Annual report of the Civil Veterinary Department, Bengal, for the year 1897-98 - 1897-1898
Year: 1897
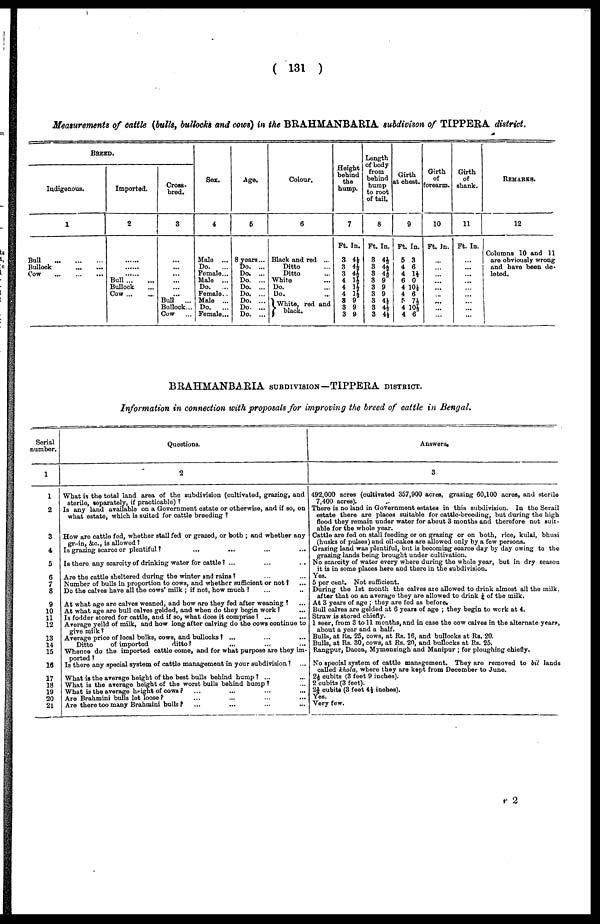
(131)
Measurements of cattle (build, bullocks and cows) in the BRAHMANBARIA subdivison of TIPPERA district.
BREED.
Indigenous.
1
Bull
...
...
...
Bullock ... ...
Cow
...
...
...
Imported.
2
......
......
......
Bull
...
...
Bullock ...
Cow ... ...
Cross-
bred.
3
...
...
... ...
...
...
Bull
...
Bullock...
Cow ...
Sex.
4
Male ...
Do.
...
Female...
Male ...
Do.
...
Female ...
Male ...
Do.
...
Female...
Age.
6
8 years...
Do. ...
Do. ...
Do. ...
Do. ...
Do. ...
Do. ...
Do. ...
Do. ...
Colour.
6
Black and red ...
Ditto
Ditto
White
Do.
Do. ...
White, red and
black
Height
behind
the
hump.
7
Ft. In.
3 4½
3 4½
3 4½
4 1½
4 1½
4 1½
3 9
3 9
3 9
Length
of body
from
behind
hump
to root
of tail.
8
Ft. In.
3 4½
3 4½
3 4½
3 9
3 9
3 9
3 4½
3 4½
3 4½
Girth
at chest.
9
Ft. In.
5 3
4 6
4 1½
6 0
4 10½
4 6
5 7½
4 10½
4 6
Girth
of
forearm.
10
Ft. In.
...
...
...
...
...
...
...
...
Girth
of
shank.
11
Ft. In.
...
...
...
...
...
...
...
...
REMARKS.
12
Columns 10 and 11
are obviously wrong
and have been de-
leted.
BRAHMANBARIA SUBDIVISON—TIPPERA DISTRICT.
Information in connection with proposals for improving the breed of cattle in Bengal.
Serial
number.
1
1
2
3
4
5
6
7
8
9
10
11
12
13
14
15
16
17
18
19
20
21
Questions.
2
What is the total land area of the subdivision (cultivated, grazing, and
sterile, separately, if practicable)?
Is any land available on a Government estate or otherwise, and if so, on
what estate, which is suited for cattle breeding?
How are cattle fed, whether stall fed or grazed, or both; and whether any
grain, &c., is allowed?
Is grazing scarce or plentiful? ... ... ... ...
Is there any scarcity of drinking water for cattle? ... ... ... ...
Are the cattle sheltered during the winter and rains? ... ...
Number of bulls in proportion to cows, and whether sufficient or not? ... ...
Do the calves have all the cows' milk; if not, how much?
... ...
At what age are calves weaned, and how are they fed after weaning? ...
At what age are bull calves gelded, and when do they begin work? ...
Is fodder stored for cattle, and if so, what does it comprise? ... ...
Average yeild of milk, and how long after calving do the cows continue to
give milk?
Average price of local bulks, cows, and bullocks? ... ... ...
Ditto
of imported
ditto?
Whence do the imported cattle come, and for what purpose are they im-
ported?
Is there any special system of cattle management in your subdivision? ...
What is the average height of the best bulls behind hump? ... ...
What is the average height of the worst bulls behind hump? ...
What is the average height of cows?
...
...
...
...
Are Brahmini bulls let loose? ... ...
Are there too many Brahmini bulls? ... ... ... ...
Answers.
3
492,000 acres (cultivated 357,900 acres, grazing 60,100 acres, and sterile
7,400 acres).
There is no land in Government estates in this subdivision. In the Serail
estate there are places suitable for cattle-breeding, but during the high
flood they remain under water for about 3 months and therefore not suit-
able for the whole year.
Cattle are fed on stall feeding or on grazing or on both, rice, kulai, bhusi
(husks of pulses) and oil-cakes are allowed only by a few persons.
Grazing land was plentiful, but is becoming scarce day by day owing to the
grazing lands being brought under cultivation.
No scarcity of water every where during the whole year, but in dry season
it is in some places here and there in the subdivision.
Yes.
5 per cent. Not sufficient.
During the 1st month the calves are allowed to drink almost all the milk.
after that on an average they are allowed to drink ½ of the milk.
At 3 years of age; they are fed as before.
Bull calves are gelded at 6 years of age; they begin to work at 4.
Straw is stored chiefly.
1 seer, from 3 to 11 months, and in case the cow calves in the alternate years,
about a year and a half.
Bulls, at Rs. 25, cows, at Rs. 16, and bullocks at Rs. 20.
Bulls, at Rs. 30, cows, at Rs. 20, and bullocks at Rs. 25.
Rangpur, Dacca, Mymensingh and Manipur; for ploughing chiefly.
No special system of cattle manngement. They are removed to bil lands
called khola, where they are kept from December to June.
2½ cubits (3 feet 9 inches).
2 cubits (3 feet).
21/4 cubits (3 feet 4½ inches).
Yes.
Very few.
r 2